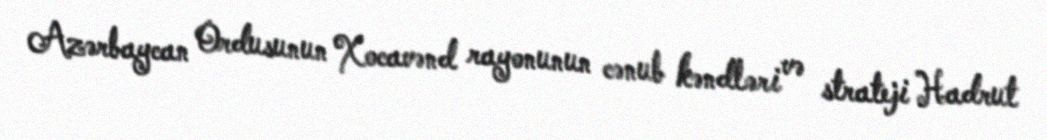
Azərbaycan Ordusunun Xocavənd rayonunun cənub kəndləri və strateji Hadrut